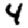
Digit: 4